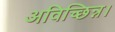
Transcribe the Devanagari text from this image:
अविच्छिन्न।